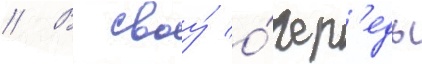
// В своу́ о́чер'едь